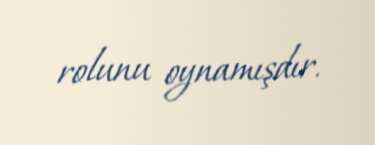
rolunu oynamışdır.